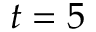
t = 5